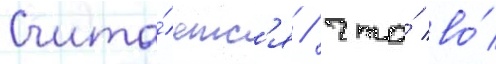
Счита́етс'я / что́ во́